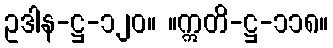
ဥဒါန-ဋ္ဌ-၁၂၀။ ။ဣတိ-ဋ္ဌ-၁၁၈။